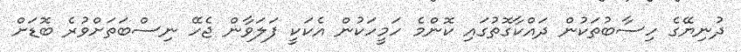
ދުނިޔޭގެ ހިސާބުތަކުން ދައްކާގޮތުގައި ކޮންމެ ހަމީހަކުން އެކަކީ ފަލަވާން ޖެހޭ ނިސްބަތަށްވުރެ ބޮޑަށް